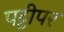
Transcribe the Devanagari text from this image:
पट्टीपर